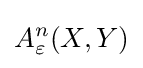
A_{\varepsilon }^{n}(X,Y)